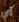
أي